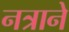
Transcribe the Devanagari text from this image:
नत्राने